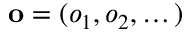
\mathbf { o } = ( o _ { 1 } , o _ { 2 } , \dots )